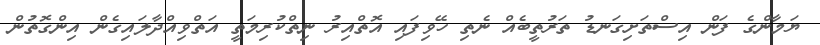
ޔަމާންގެ ފަން އިސްތަށިގަނޑު ތަރުތީބެއް ނެތި ހޭވިފައި އޮތްއިރު ނިތްކުރިމަތީ އަތްވިއްދާލައިގެން އިންގޮތުން